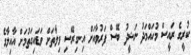
ކުރީގެ ރައީސް މުހައްމަދު ނަޝީދު ބޭސް ފަރުވާއަށް އިނގިރޭސި ވިލާތަށް ވަޑައިގަތުމަށް އާއިލާގެ